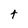
Character: t